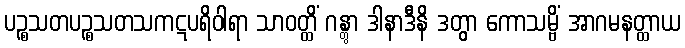
ပဉ္စသတပဉ္စသတသကဋပရိဝါရာ သာဝတ္ထိံ ဂန္တွာ ဒါနာဒီနိ ဒတွာ ကောသမ္ဗိံ အာဂမနတ္ထာယ